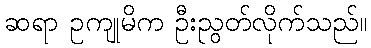
ဆရာ ဥကျုမိက ဦးညွတ်လိုက်သည်။